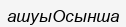
ашуыОсынша